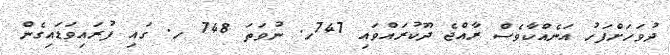
ދުވަހަށްފަހު އަނެއްކާވެސް ރާއްޖެ ދޫކުރައްވައި 747ހ. ނުވަތަ 748 ހ. ގައި ފުރައިވަޑައިގެން